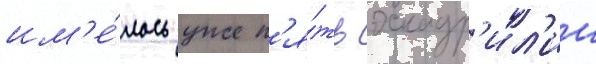
им'е́лось уже п'я́ть эскадр'ил'ии